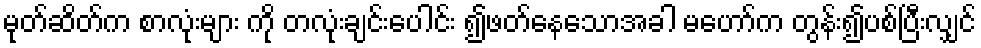
မုတ်ဆိတ်က စာလုံးများ ကို တလုံးချင်းပေါင်း ၍ဖတ်နေသောအခါ မဟော်က တွန်း၍ပစ်ပြီးလျှင်